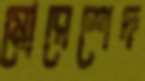
মোরেশেদ